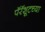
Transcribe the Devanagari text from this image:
पॅरॅशूटच्या